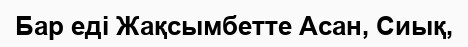
Бар еді Жақсымбетте Асан, Сиық,